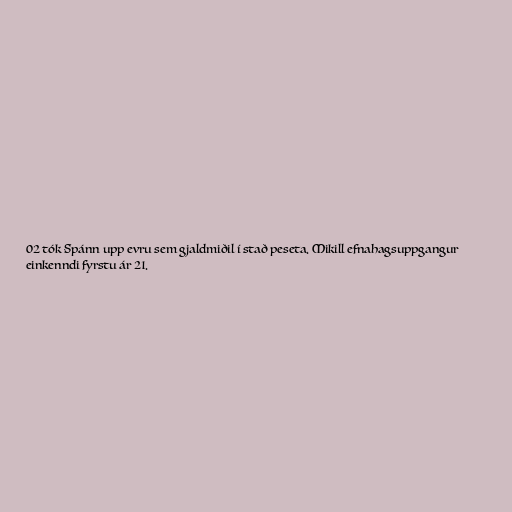
02 tók Spánn upp evru sem gjaldmiðil í stað peseta. Mikill efnahagsuppgangur
einkenndi fyrstu ár 21.